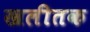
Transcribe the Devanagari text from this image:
खलीतक